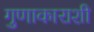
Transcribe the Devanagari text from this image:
गुणाकाराशी